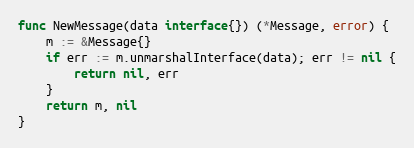
Language: Go
func NewMessage(data interface{}) (*Message, error) {
	m := &Message{}
	if err := m.unmarshalInterface(data); err != nil {
		return nil, err
	}
	return m, nil
}